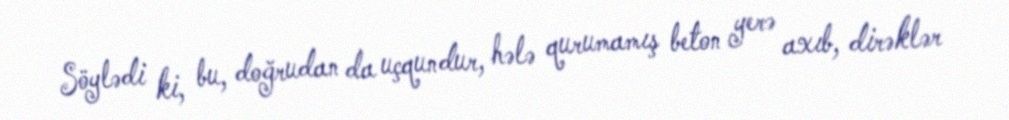
Söylədi ki, bu, doğrudan da uçqundur, hələ qurumamış beton yerə axıb, dirəklər